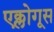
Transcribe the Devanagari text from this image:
एक्लोगूस